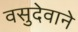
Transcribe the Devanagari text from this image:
वसुदेवाने